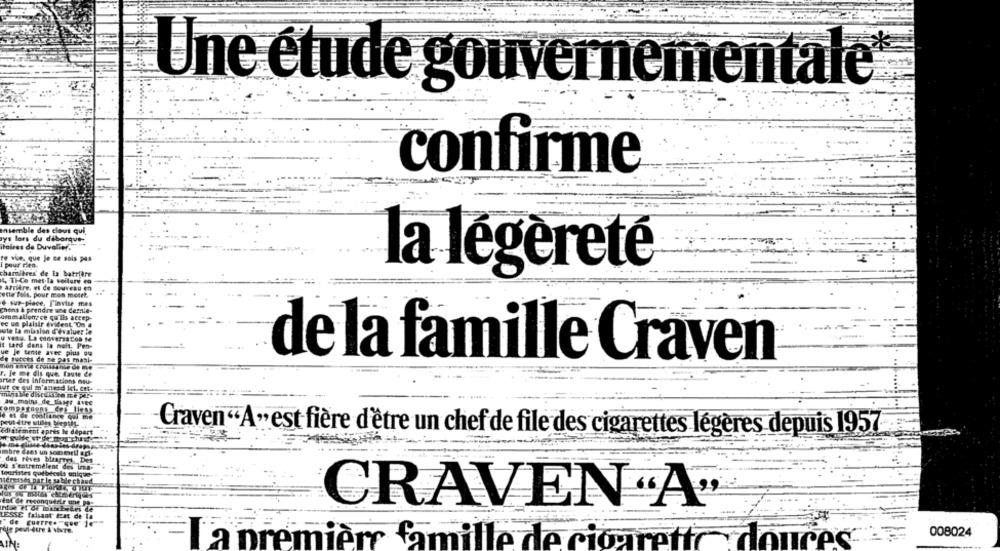
Une étude gouvernementale
confirme
Insemble des clous qui
ys lors du daborque-
itaires de Duvalier,
re wie, que Je ce sois pas
pour rien.
haritres de in batrfire
la légèreté
4, The met la voiture to
arriere, et Ce nouveau en
ette fois, pour mon mesek.
+ sur-place, J'invite mes
chons & prendre une demie-
aromations ce qu'ils accep-
ec ue plaisir evident
wate la mission d'évaluer it
u vetu. La convers Con Me
It tard dans la nuit, Pen-
ue je tente avec pius ou
de succts de ne pas masi-
de la famille Craven
r. le me Gis que, faute de
arter des inf
Craven"A"est fière d'être un chef de file des cigarettes légères depuis 1957
des rev
tatremelent des
satde chaud
CRAVEN "A"
ESSE
008024
a premier famille de ciouretic douces